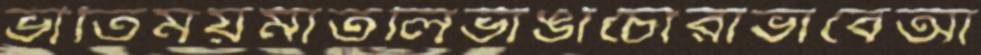
ভীতিময়মাতলিভাঙাচোরাভাবেআ